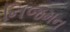
નિજમન